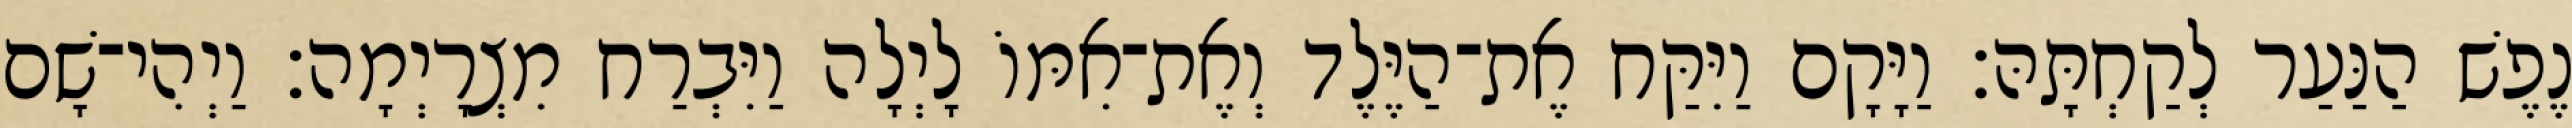
נֶפֶשׁ הַנַּעַר לְקַחְתָּהּ׃ וַיָּקָם וַיִּקַּח אֶת־הַיֶּלֶד וְאֶת־אִמּוֹ לָיְלָה וַיִּבְרַח מִצְרָיְמָה׃ וַיְהִי־שָׁם